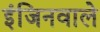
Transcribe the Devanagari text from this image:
इंजिनवाले